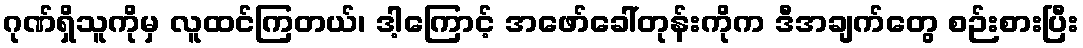
ဂုဏ်ရှိသူကိုမှ လူထင်ကြတယ်၊ ဒါ့ကြောင့် အဖော်ခေါ်တုန်းကိုက ဒီအချက်တွေ စဉ်းစားပြီး